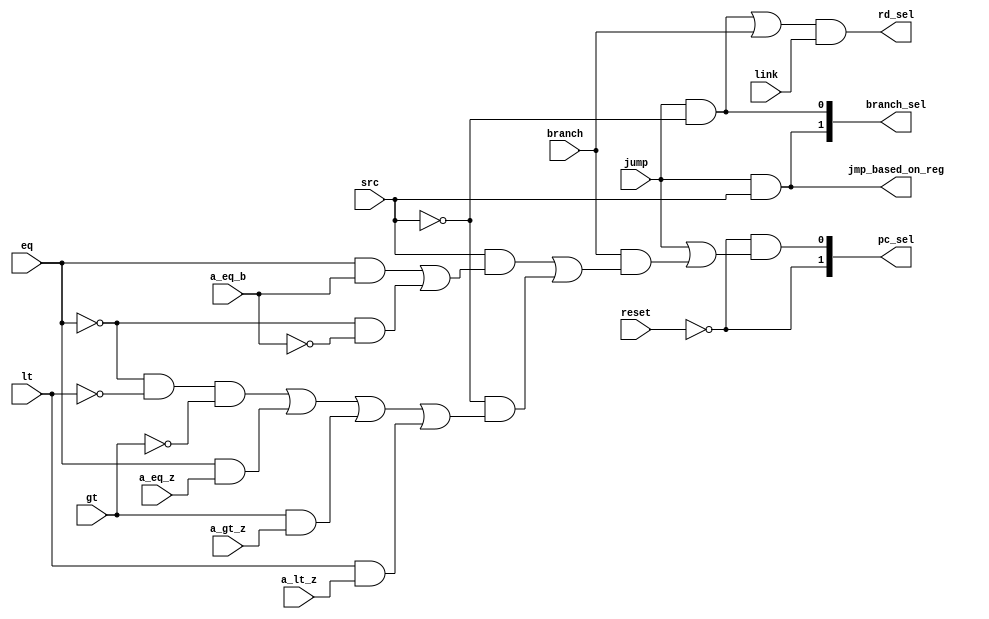
`timescale 1 ns / 1 ps
module br_control(input             reset, jump, branch,
                                          link, a_eq_z, a_eq_b, a_gt_z, a_lt_z,
                        input             lt, gt, eq, src,
                        output            rd_sel, 
                        output      [1:0] pc_sel,
                        output      [1:0] branch_sel,
                        output            jmp_based_on_reg);

  
  wire abcompare = (eq & a_eq_b) | (~eq & ~a_eq_b);
  wire azcompare = (~eq & ~lt & ~gt) | (eq & a_eq_z) | (gt & a_gt_z) | (lt & a_lt_z);

  
  assign  rd_sel = ((jump & ~src) | branch) & link;
  assign  jmp_based_on_reg = jump & src;

  // pc_sel values
  // 2'b00 reset vector
  // 2'b01 interrupt vector
  // 2'b10 PC+4
  // 2'b11 branch
  assign pc_sel = {~reset, 
                        ~reset & (jump 
                        | (branch & ((src & abcompare) | (~src & azcompare))))};

  // branch_sel
  // 2'b00 branch to pc+4 + offset
  // 2'b01 jump to register value
  // 2'b10 jump to immediate
  assign  branch_sel = {jump & src, jump & ~src};

endmodule